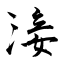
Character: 淁